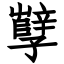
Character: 孼